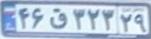
۴۶ق۳۲۳۲۹